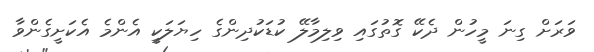
ވަރަށް ގިނަ މީހުން ދެކޭ ގޮތުގައި ވިލިމާލޭ ކުޑަކުދިންގެ ހިޔަލަކީ އެންމެ އެކަށީގެންވާ